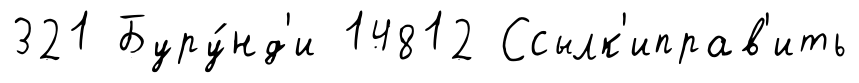
321 Буру́нд'и 14812 Ссылк'иправ'ить